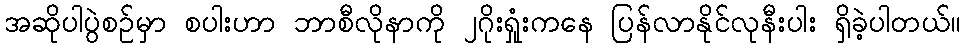
အဆိုပါပွဲစဉ်မှာ စပါးဟာ ဘာစီလိုနာကို ၂ဂိုးရှုံးကနေ ပြန်လာနိုင်လုနီးပါး ရှိခဲ့ပါတယ်။